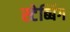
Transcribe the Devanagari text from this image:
स्टेब्बिंग